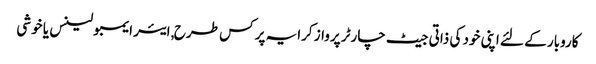
کاروبار کے لئے اپنی خود کی ذاتی جیٹ چارٹر پرواز کرایہ پر کس طرح, ایئر ایمبولینس یا خوشی